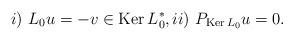
\begin{align*} i)\,\,L_0u=-v\in\mathrm{Ker\,}L^*_0,ii)\,\,P_{\mathrm{Ker\,}L_0}u=0.\end{align*}